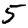
Digit: 5